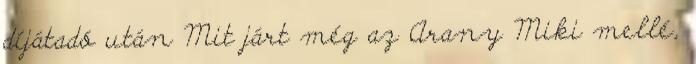
díjátadó után Mit járt még az Arany Miki mellé,